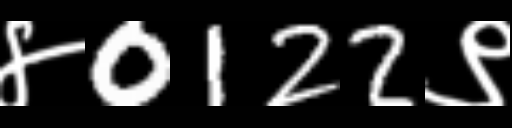
Text: ४0122९